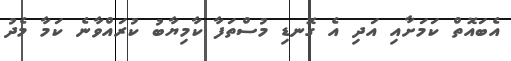
އެބައޮތް ކަމަށާއި އަދި އެ ގޮނޑި މުސްތަފާ ކާމިޔާބު ކުރައްވާނެ ކަމާ މެދު